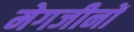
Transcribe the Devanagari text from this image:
मेगजीनों